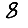
Digit: 8